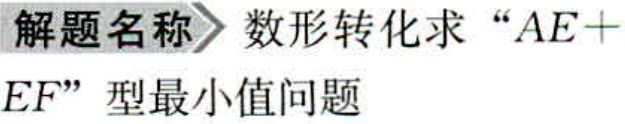
解题名称 数形转化求 “$AE + EF$” 型最小值问题